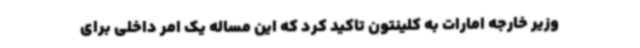
وزیر خارجه امارات به کلینتون تاکید کرد که این مساله یک امر داخلی برای